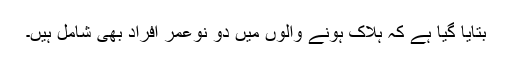
بتایا گیا ہے کہ ہلاک ہونے والوں میں دو نوعمر افراد بھی شامل ہیں۔